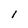
Character: l